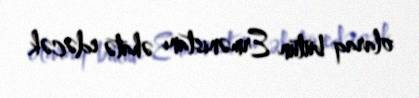
olaraq bütün Ermənistanı əhatə edəcək.